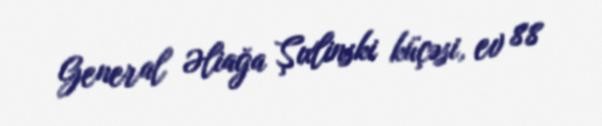
General Əliağa Şıxlinski küçəsi, ev 88